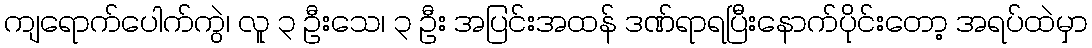
ကျရောက်ပေါက်ကွဲ၊ လူ ၃ ဦးသေ၊ ၃ ဦး အပြင်းအထန် ဒဏ်ရာရပြီးနောက်ပိုင်းတော့ အရပ်ထဲမှာ